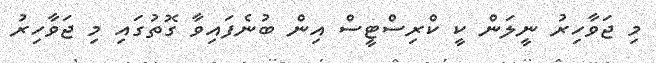
މި ޖަވާހިރު ނީލަން ކީ ކްރިސްޓީސް އިން ބުނެފައިވާ ގޮތުގައި މި ޖަވާހިރު